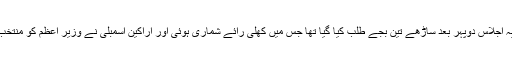
[7] یہ اجلاس دوپہر بعد ساڑھے تین بجے طلب کیا گیا تھا جس میں کھلی رائے شماری ہوئی اور اراکین اسمبلی نے وزیر اعظم کو منتخب کیا۔